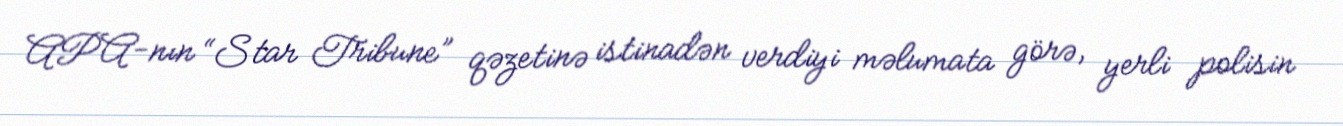
APA-nın “Star Tribune” qəzetinə istinadən verdiyi məlumata görə, yerli polisin